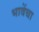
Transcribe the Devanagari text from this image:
भावेंचा